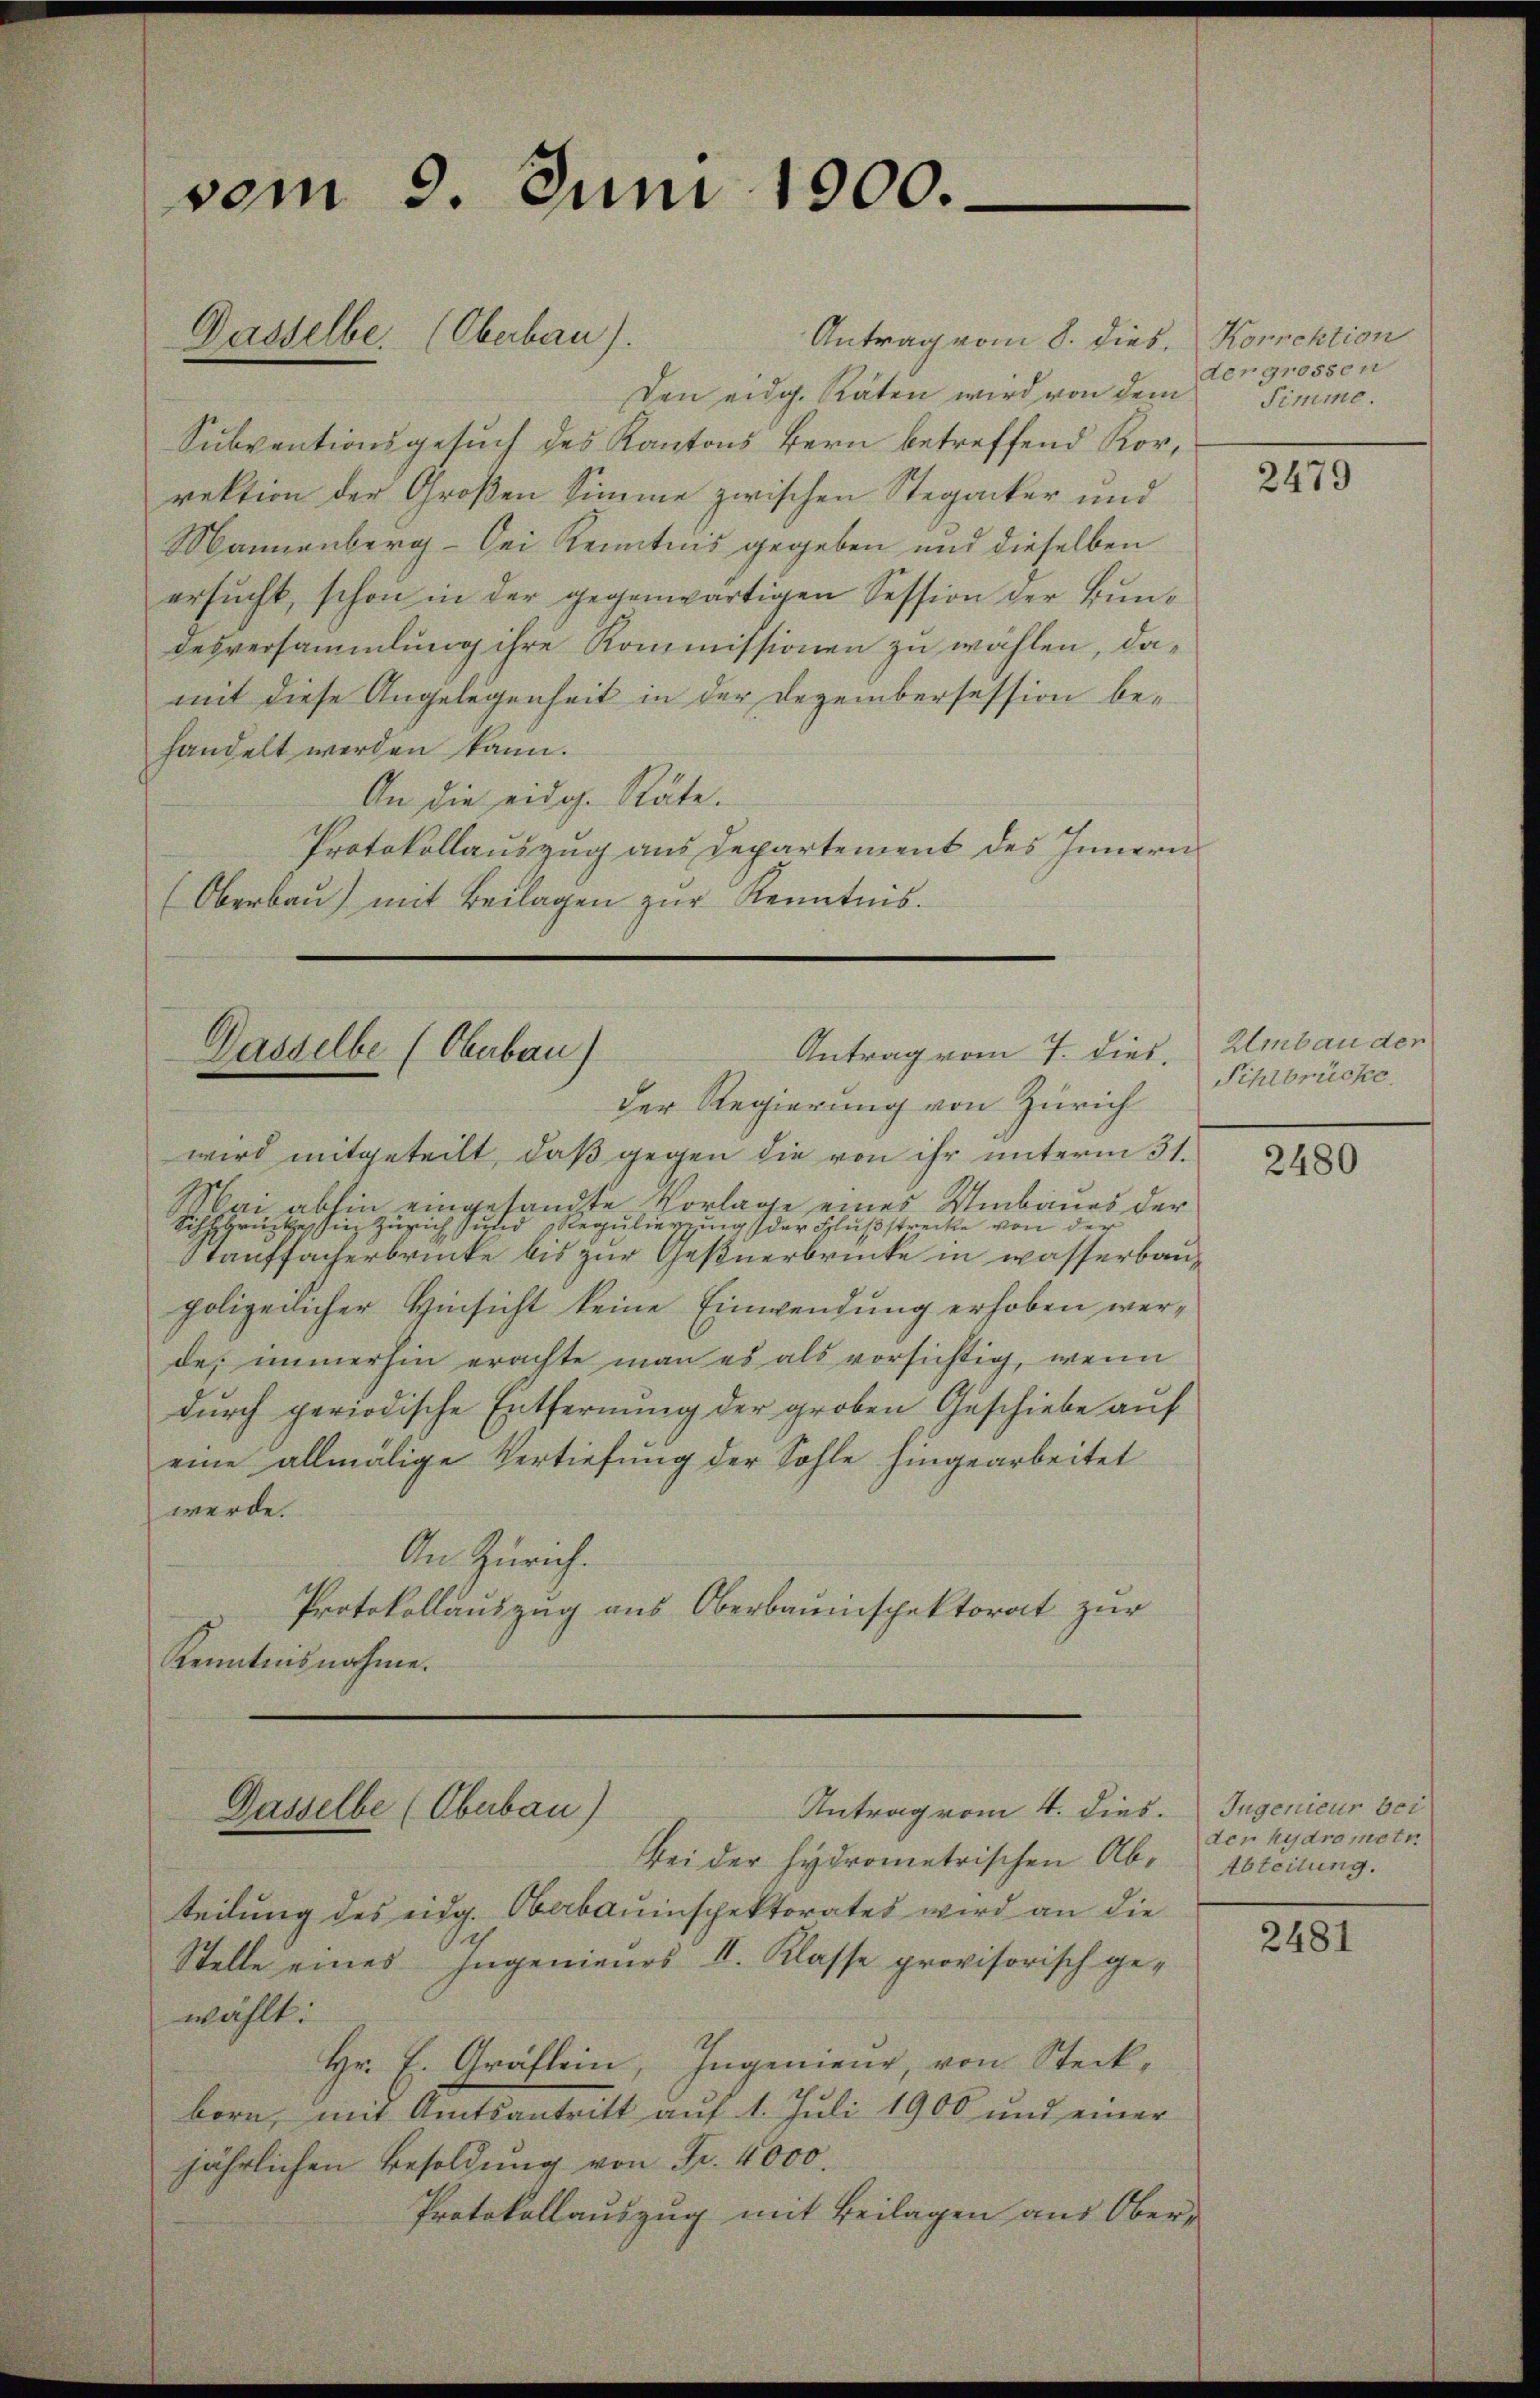
Den eidg. Räten wird von dem
Subventionsgesuch des Kantons Bern betreffend Korrektion der Großen Simme zwischen Stegacker und
Mannenberg - bei Kenntnis gegeben und dieselben
ersucht, schon in der gegenwärtigen Session der Bundesversammlung ihre Kommissionen zu wählen, damit diese Angelegenheit in der Dezembersession behandelt werden kann.
An die eidg. Räte.
Protokollauszug aus Departement des Innern
(Oberbau) mit Beilagen zur Kenntnis.

vom 9. Juni 1900.

Dasselbe. (Oberbau).

Antrag vom 7. dies.
Dasselbe (Oberbau)

der Regierung von Zürich
wird mitgeteilt, daß gegen die von ihr unterm 31.
Bai abhin eingesandte Vorlage eines Umbaues der
Sihlbrückes in Zürich und Regulierung der Schlußstrecke von der
Stauffacherbrücke bis zur Geßnerbrücke in wasserbaupolizeilicher Hinsicht keine Einwendung erhoben werde, immerhin erachte man es als vorsichtig, wenn
durch periodische Entfernung der groben Geschiebe auf
eine allmälige Vertiefung der Sohle hingearbeitet
werde.
An Zürich.
Protokollauszug aus Oberbauinspektorat zur
Kenntnisnahme.

Antrag vom 4. dies
Dasselbe (Obebau)

Antrag vom 8. dies. Korrektion

Bei der hydrometrischen Abteilung des eidg. Oberbauinspektorates wird an die
Stelle eines Ingenieurs II. Klasse provisorisch ge-
wählt:
Hr. E. Gräflein, Ingenieur, von Steckborn, mit Amtsantritt auf 1. Juli 1900 und einer
jährlichen Besoldung von Fr. 4000.
Protokollauszug mit Beilagen aus Ober-

der grossen
Simme.

2479

Umbau der
Sihlbrücke.

2480

Ingenieur bei
der hydrometr
Abteilung.

2481